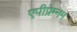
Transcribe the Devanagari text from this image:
एपीप्रेम्नम